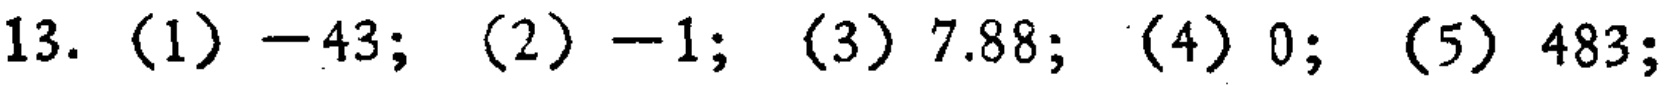
13. （1）\(-43\); （2）\(-1\); （3）\(7.88\); （4）\(0\); （5）\(483\);